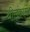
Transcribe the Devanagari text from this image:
श्रीलंकामें